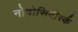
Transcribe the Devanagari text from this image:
नोवोसिबीर्स्क